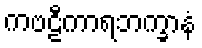
ကဗဠီကာရဘက္ခာနံ